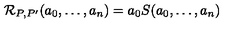
{ \mathcal R } _ { P , P ^ { \prime } } ( a _ { 0 } , \ldots , a _ { n } ) = a _ { 0 } S ( a _ { 0 } , \dots , a _ { n } )